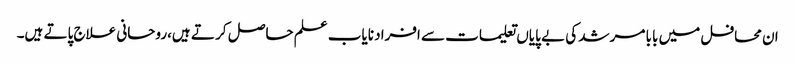
ان محافل میں بابا مرشد کی بے پایاں تعلیمات سے افراد نایاب علم حاصل کر تے ہیں،روحانی علاج پاتے ہیں۔